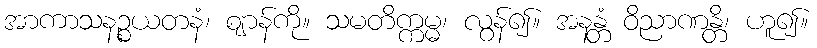
အာကာသနဉ္စယတနံ၊ ဈာန်ကို။ သမတိက္ကမ္မ၊ လွန်၍။ အနန္တံ ဝိညာဏန္တိ၊ ဟူ၍။